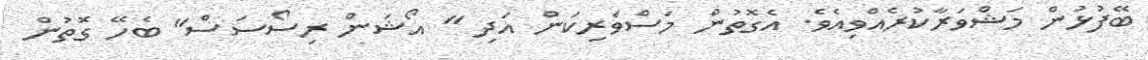
ބޭފުޅުން މަޝްވަރާކުރެއްވިއެވެ. އެގޮތުން މަސްވެރިކަން އަދި " އޯޝަން ރިސޯސަސް" ބެހޭ ގޮތުން